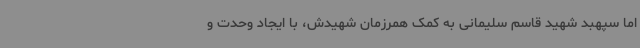
اما سپهبد شهید قاسم سلیمانی به کمک همرزمان شهیدش، با ایجاد وحدت و